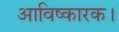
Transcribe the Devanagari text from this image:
आविष्कारक।